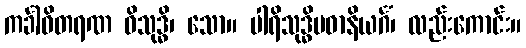
ကင်္ခါဝိတရဏ ဝိသုဒ္ဓိ၊ သော။ ပါရိသုဒ္ဓိပဓာနိယင်္ဂံ၊ လည်းကောင်း။